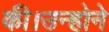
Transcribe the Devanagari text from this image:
की।उन्होने